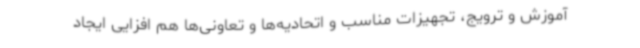
آموزش و ترویج، تجهیزات مناسب و اتحادیه‌ها و تعاونی‌ها هم افزایی ایجاد